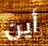
أين